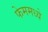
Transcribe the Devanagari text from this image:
फेममध्ये